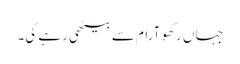
جہاں رکھو آرام سے بیٹھی رہے گی۔